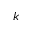
k